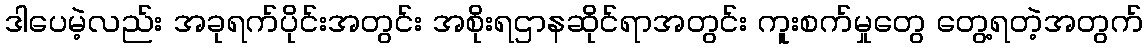
ဒါပေမဲ့လည်း အခုရက်ပိုင်းအတွင်း အစိုးရဌာနဆိုင်ရာအတွင်း ကူးစက်မှုတွေ တွေ့ရတဲ့အတွက်